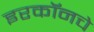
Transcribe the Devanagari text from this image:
इरकॉनचे